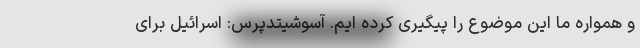
و همواره ما این موضوع را پیگیری کرده ایم. آسوشیتدپرس: اسرائیل برای